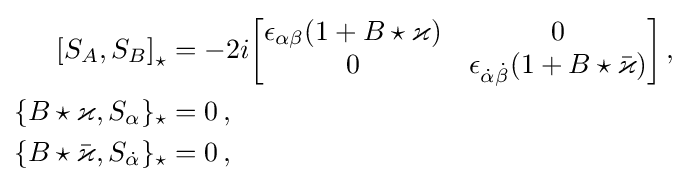
{\begin{aligned}\left[S_{A},S_{B}\right]_{\star }&=-2i{\begin{bmatrix}\epsilon _{\alpha \beta }(1+B\star \varkappa )&0\\0&\epsilon _{{\dot {\alpha }}{\dot {\beta }}}(1+B\star {\bar {\varkappa }})\end{bmatrix}}\,,\\\{B\star \varkappa ,S_{\alpha }\}_{\star }&=0\,,\\\{B\star {\bar {\varkappa }},S_{\dot {\alpha }}\}_{\star }&=0\,,\end{aligned}}